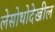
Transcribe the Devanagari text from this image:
लेसोथोदेखील